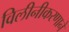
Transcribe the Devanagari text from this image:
विलीनीकरणाने